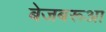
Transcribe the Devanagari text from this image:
बेजबरूआ